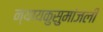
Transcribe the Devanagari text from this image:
न्यायकुसुमांजली